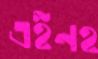
এইনহ